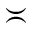
\asymp